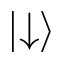
\mid \downarrow \rangle